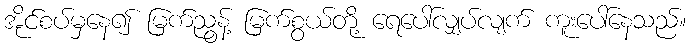
အိုင်စပ်မှနေ၍ မြက်ညွန့် မြက်စွယ်တို့ ရေပေါ်လျှပ်လျက် ကူးပေါ်နေသည်။